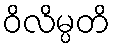
ဝိလိမ္ပတိ